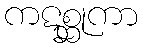
ကဋစ္ဆုကာ